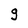
Character: g